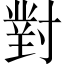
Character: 對